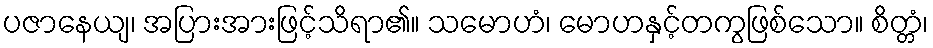
ပဇာနေယျ၊ အပြားအားဖြင့်သိရာ၏။ သမောဟံ၊ မောဟနှင့်တကွဖြစ်သော။ စိတ္တံ၊